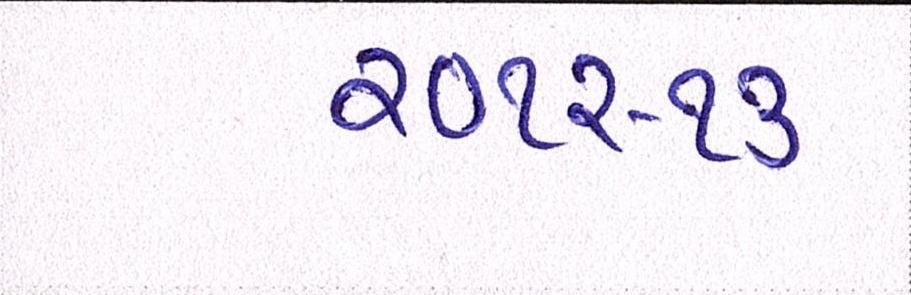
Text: ૨૦૧૨-૧૩